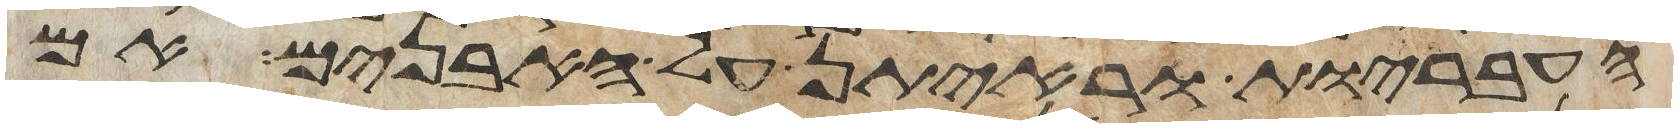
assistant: העבריות וראיתן על האבנים אם